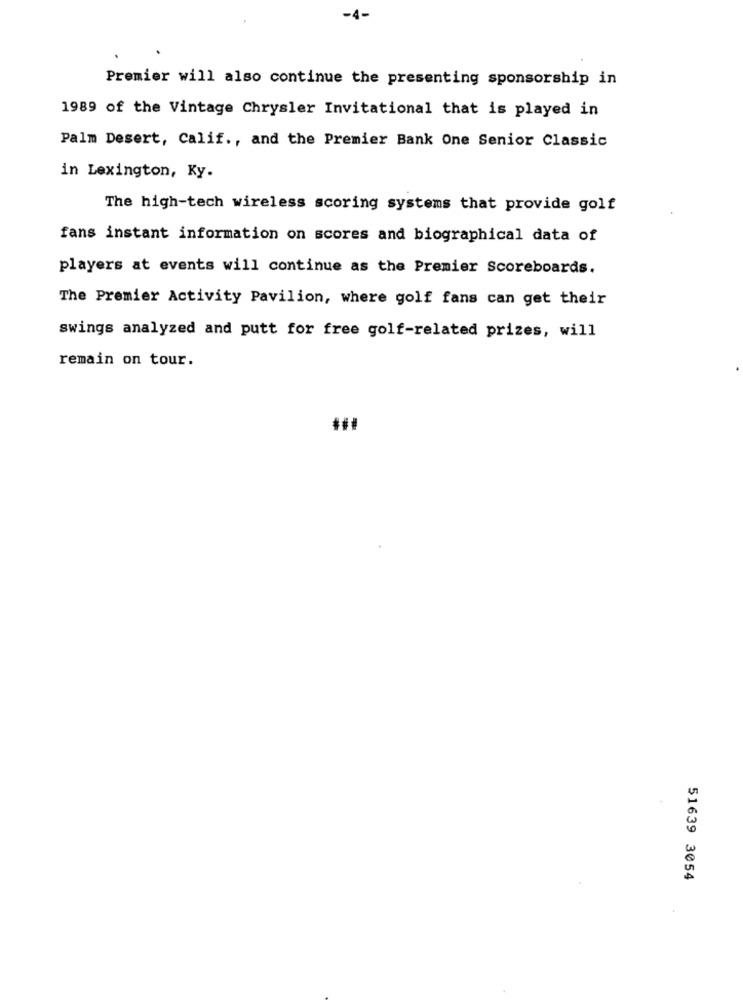
-4-
Premier will also continue the presenting sponsorship in
1989 of the Vintage Chrysler Invitational that is played in
Palm Desert, Calif ., and the Premier Bank One Senior Classic
in Lexington, Ky.
The high-tech wireless scoring systems that provide golf
fans instant information on scores and biographical data of
players at events will continue as the Premier Scoreboards.
The Premier Activity Pavilion, where golf fans can get their
swings analyzed and putt for free golf-related prizes, will
remain on tour.
51639 3054